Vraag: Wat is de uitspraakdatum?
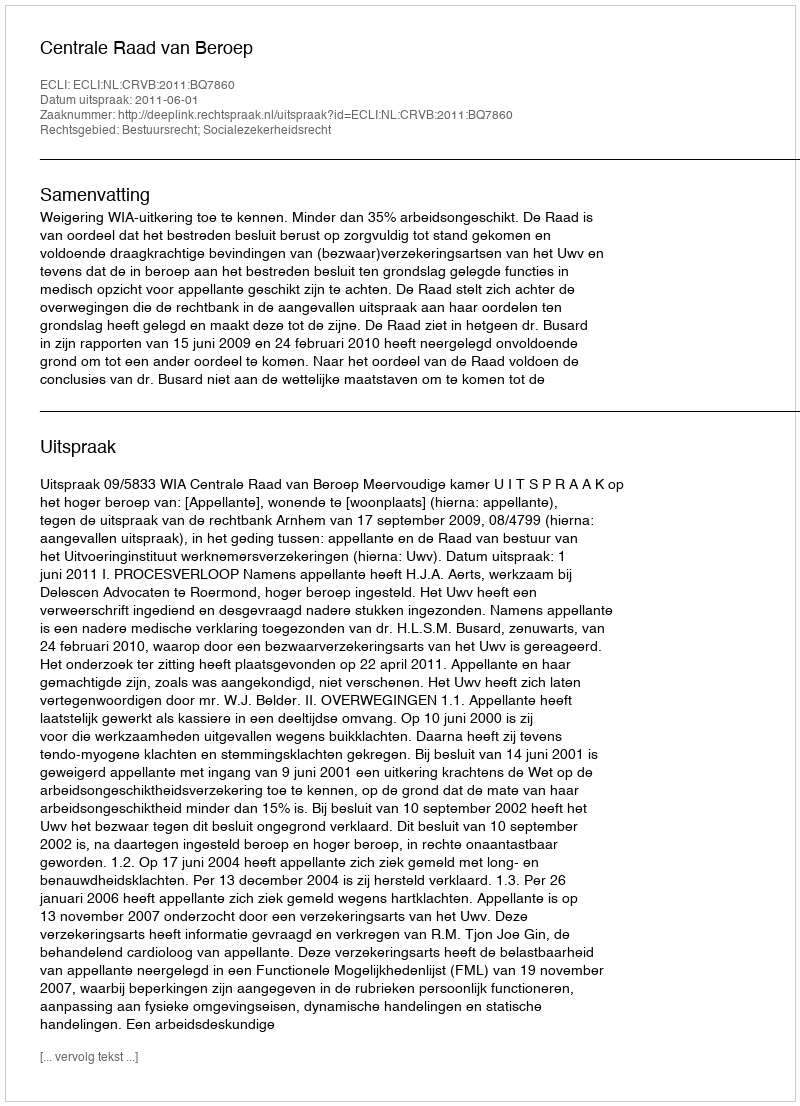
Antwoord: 2011-06-01